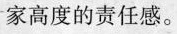
家高度的责任感。